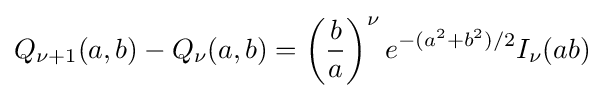
Q_{\nu +1}(a,b)-Q_{\nu }(a,b)=\left({\frac {b}{a}}\right)^{\nu }e^{-(a^{2}+b^{2})/2}I_{\nu }(ab)